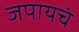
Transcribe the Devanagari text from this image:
जपायचं